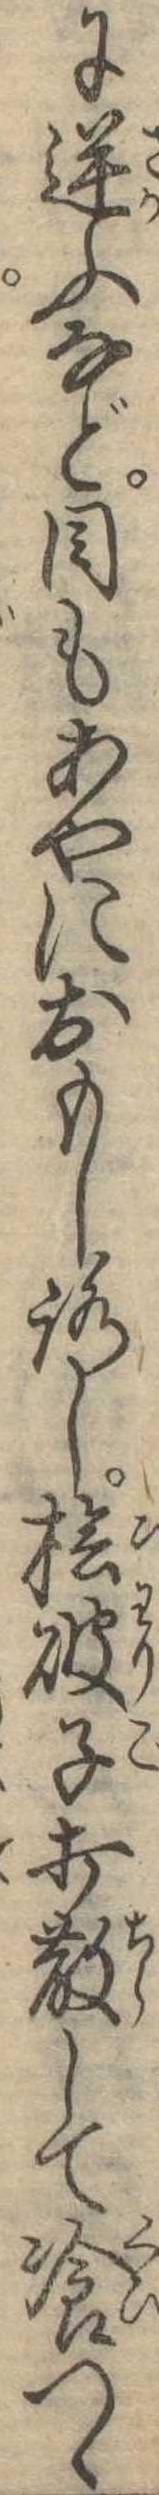
に逆ふなど目もあやにおもしろし桧破子打散して喰つゝ